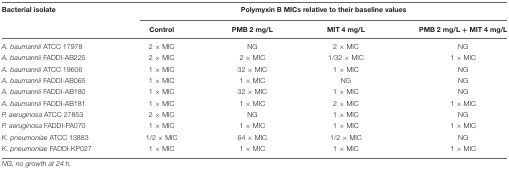
<table><thead><tr><td><b>Bacterial isolate</b></td><td colspan="4"><b>Polymyxin B MICs relative to their baseline values</b></td></tr><tr><td></td><td><b>Control</b></td><td><b>PMB 2 mg/L</b></td><td><b>MIT 4 mg/L</b></td><td><b>PMB 2 mg/L + MIT 4 mg/L</b></td></tr></thead><tbody><tr><td><i>A. baumannii</i> ATCC 17978</td><td>2 × MIC</td><td>NG</td><td>2 × MIC</td><td>NG</td></tr><tr><td><i>A. baumannii</i> FADDI-AB225</td><td>2 × MIC</td><td>2 × MIC</td><td>1/32 × MIC</td><td>1 × MIC</td></tr><tr><td><i>A. baumannii</i> ATCC 19606</td><td>1 × MIC</td><td>32 × MIC</td><td>1 × MIC</td><td>NG</td></tr><tr><td><i>A. baumannii</i> FADDI-AB065</td><td>1 × MIC</td><td>1 × MIC</td><td>NG</td><td>NG</td></tr><tr><td><i>A. baumannii</i> FADDI-AB180</td><td>1 × MIC</td><td>32 × MIC</td><td>1 × MIC</td><td>NG</td></tr><tr><td><i>A. baumannii</i> FADDI-AB181</td><td>1 × MIC</td><td>1 × MIC</td><td>2 × MIC</td><td>1 × MIC</td></tr><tr><td><i>P. aeruginosa</i> ATCC 27853</td><td>2 × MIC</td><td>NG</td><td>1 × MIC</td><td>NG</td></tr><tr><td><i>P. aeruginosa</i> FADDI-PA070</td><td>1 × MIC</td><td>1 × MIC</td><td>1 × MIC</td><td>1 × MIC</td></tr><tr><td><i>K. pneumoniae</i> ATCC 13883</td><td>1/2 × MIC</td><td>64 × MIC</td><td>1/2 × MIC</td><td>NG</td></tr><tr><td><i>K. pneumoniae</i> FADDI-KP027</td><td>1 × MIC</td><td>1 × MIC</td><td>1 × MIC</td><td>1 × MIC</td></tr></tbody></table>